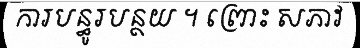
ការបន្ធូរបន្ថយ ។ ព្រោះ សភាវ